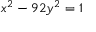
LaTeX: \ x ^ { 2 } - 9 2 y ^ { 2 } = 1